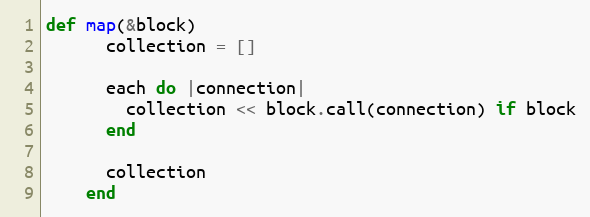
Language: Ruby
def map(&block)
      collection = []

      each do |connection|
        collection << block.call(connection) if block
      end

      collection
    end